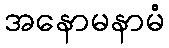
အနောမနာမံ